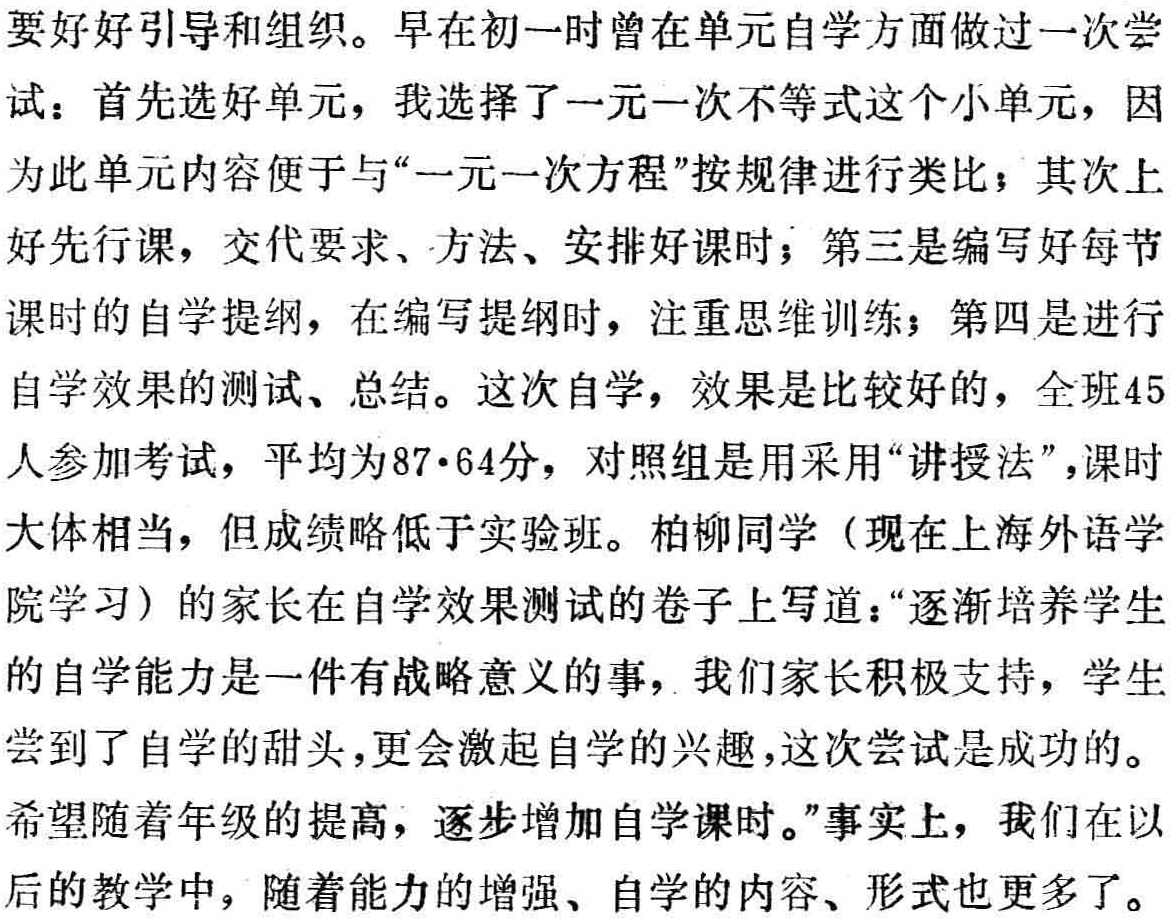
要好好引导和组织。早在初一时曾在单元自学方面做过一次尝

试：首先选好单元，我选择了一元一次不等式这个小单元，因

为此单元内容便于与“一元一次方程”按规律进行类比；其次上

好先行课，交代要求、方法、安排好课时；第三是编写好每节

课时的自学提纲，在编写提纲时，注重思维训练；第四是进行

自学效果的测试、总结。这次自学，效果是比较好的，全班45

人参加考试，平均为87·64分，对照组是用采用“讲授法”，课时

大体相当，但成绩略低于实验班。柏柳同学（现在上海外语学

院学习）的家长在自学效果测试的卷子上写道：“逐渐培养学生

的自学能力是一件有战略意义的事，我们家长积极支持，学生

尝到了自学的甜头，更会激起自学的兴趣，这次尝试是成功的。

希望随着年级的提高，逐步增加自学课时。”事实上，我们在以

后的教学中，随着能力的增强、自学的内容、形式也更多了。